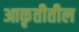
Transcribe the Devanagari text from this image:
आकृतीतील